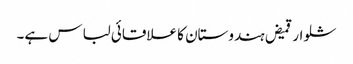
شلوار قمیض ہندوستان کا علاقائی لباس ہے۔